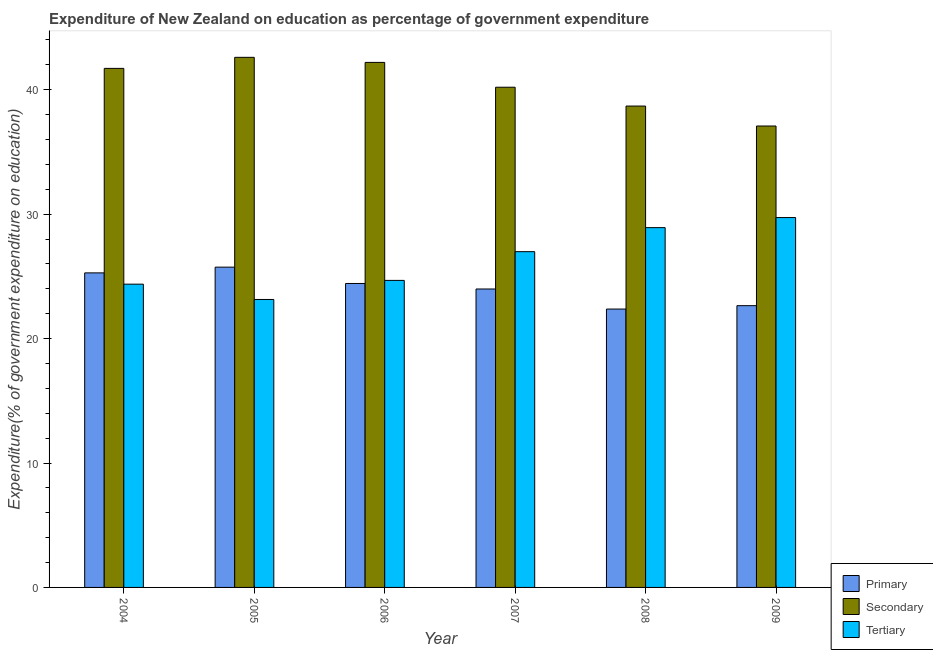
| Year | Primary | Secondary | Tertiary |
 | --- | --- | --- | --- |
 | 2004 | 25.3 | 41.7 | 24.4 |
 | 2005 | 25.7 | 42.6 | 23.1 |
 | 2006 | 24.4 | 42.2 | 24.7 |
 | 2007 | 24 | 40.2 | 27 |
 | 2008 | 22.4 | 38.7 | 28.9 |
 | 2009 | 22.6 | 37.1 | 29.7 |